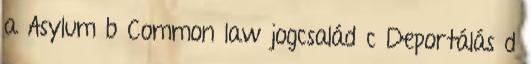
a Asylum b Common law jogcsalád c Deportálás d